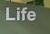
life